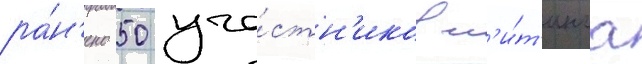
ра́н'ено 50 уча́стн'иков м'и́т'инга